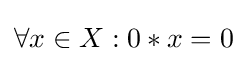
\forall x\in X:0\ast x=0